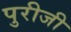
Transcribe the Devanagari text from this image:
पुरीजी